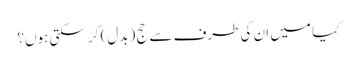
کیا میں ان کی طرف سے حج (بدل) کر سکتی ہوں؟